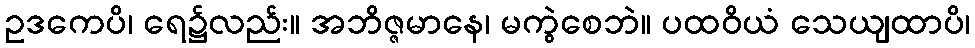
ဥဒကေပိ၊ ရေ၌လည်း။ အဘိဇ္ဇမာနေ၊ မကွဲစေဘဲ။ ပထဝိယံ သေယျထာပိ၊